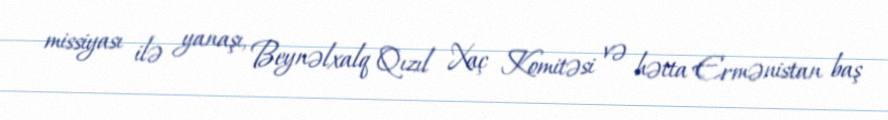
missiyası ilə yanaşı, Beynəlxalq Qızıl Xaç Komitəsi və hətta Ermənistan baş